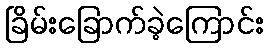
ခြိမ်းခြောက်ခဲ့ကြောင်း